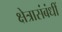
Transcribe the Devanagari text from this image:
क्षेत्रासंबंधीं